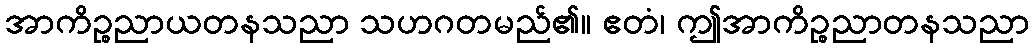
အာကိဉ္စညာယတနသညာ သဟဂတမည်၏။ ဧတံ၊ ဤအာကိဉ္စညာတနသညာ